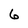
Character: 6